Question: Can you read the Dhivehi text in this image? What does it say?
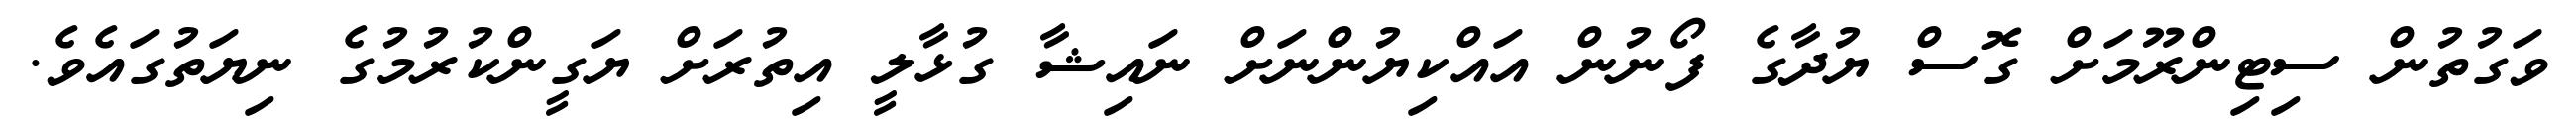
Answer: ވަގުތުން ސިޓިންރޫމަށް ގޮސް ޔުދާގެ ފޯނުން އައްކިޔުންނަށް ނައިޝާ ގުޅާލީ އިތުރަށް ޔަގީންކުރުމުގެ ނިޔަތުގައެވެ.